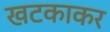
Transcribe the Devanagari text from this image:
खटकाकर